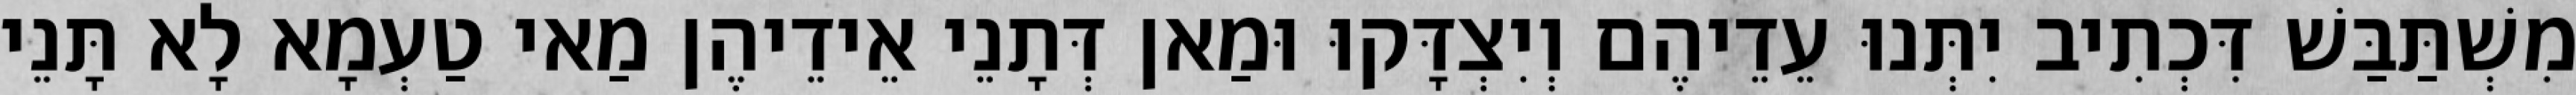
מִשְׁתַּבַּשׁ דִּכְתִיב יִתְּנוּ עֵדֵיהֶם וְיִצְדָּקוּ וּמַאן דְּתָנֵי אֵידֵיהֶן מַאי טַעְמָא לָא תָּנֵי